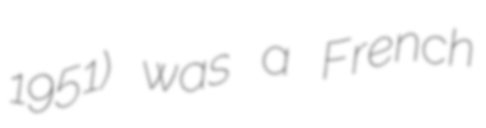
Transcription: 1951) was a French